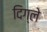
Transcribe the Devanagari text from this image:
दिग्ले